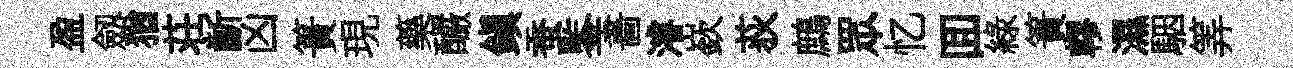
盈劔猶荘齗凶簣現藥釅鎮蚕鍳畵濬嶔荻鷓眾忆囬綠簀轇濕駰筭